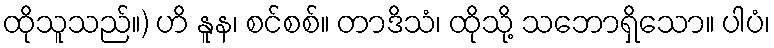
ထိုသူသည်။) ဟိ နူန၊ စင်စစ်။ တာဒိသံ၊ ထိုသို့ သဘောရှိသော။ ပါပံ၊